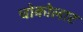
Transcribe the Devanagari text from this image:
चोकोलाट